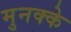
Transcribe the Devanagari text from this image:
मुनक्के